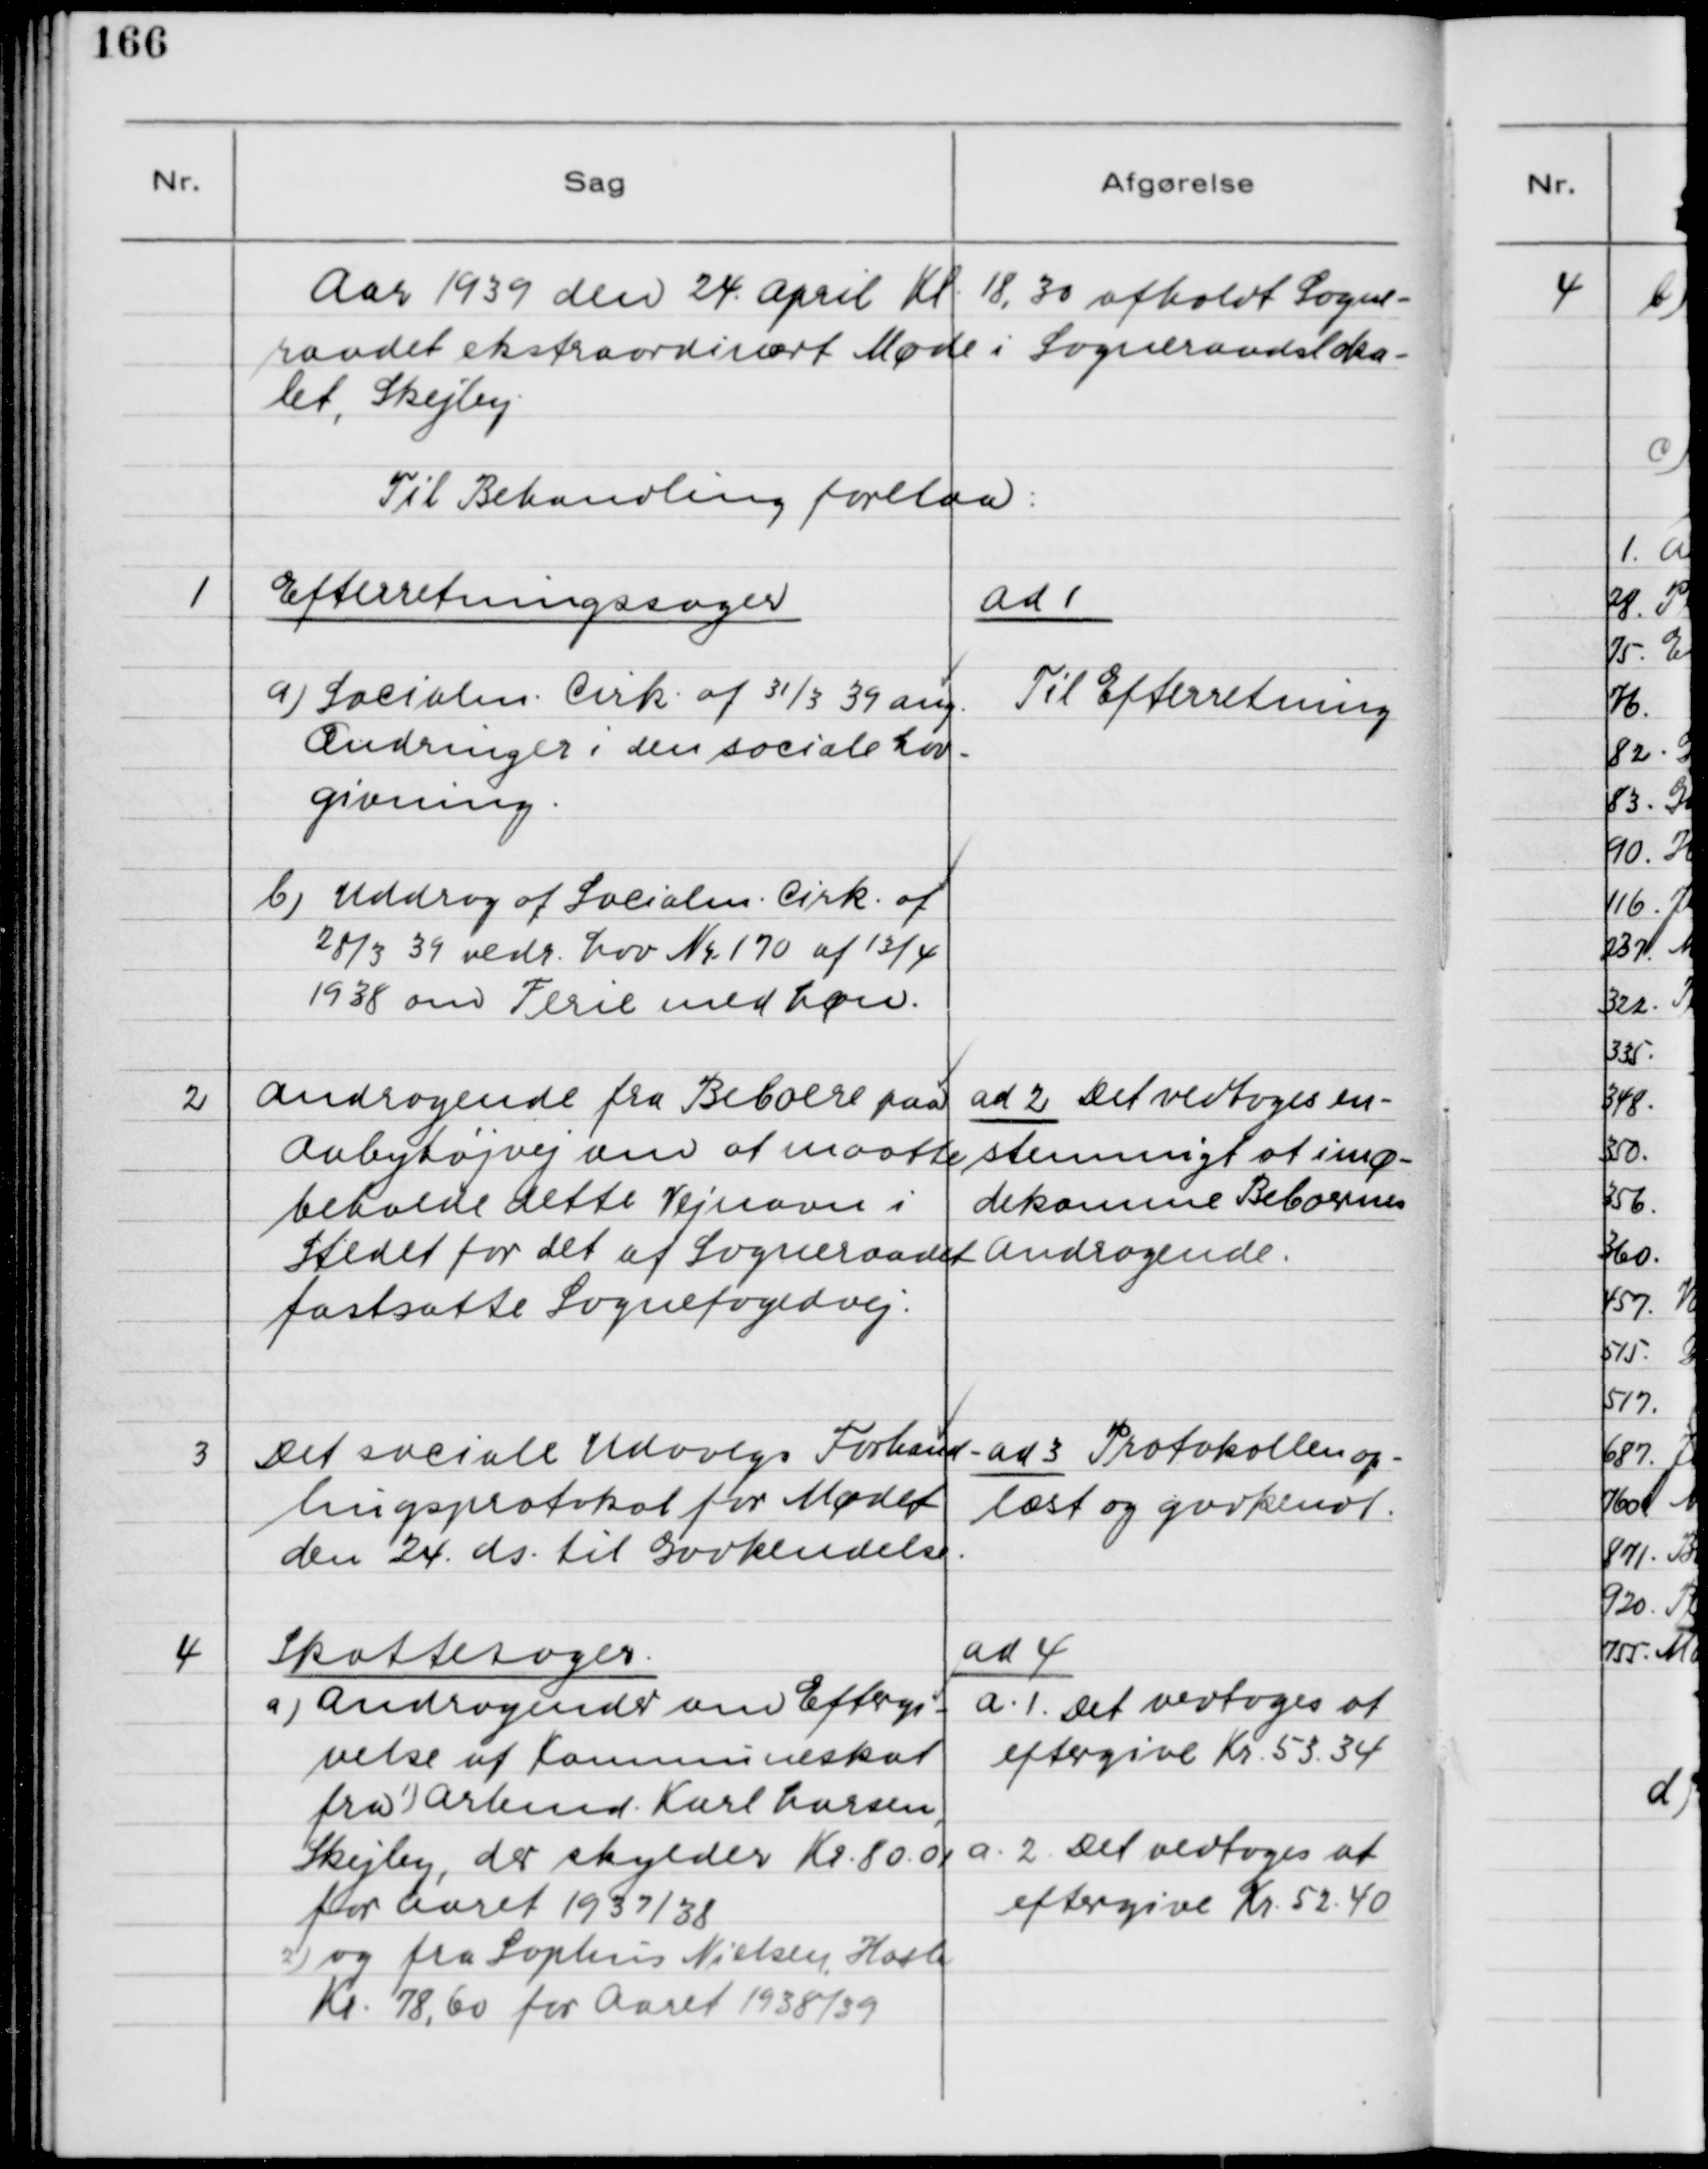
Transskription:
Aar 1939 den 24. April Kl. 18,30 afholdt Sogne-
raadet ekstraordinært Møde i Sogneraadsloka-
let, Skejby
Til Behandling forelaa:

1

Efterretningssager
a) Socialm. Cirk. af 31/3 39 ang.
Ændringer i den sociale Lov-
givning.
b) Uddrag af Socialm. Cirk. af
28/3 39 vedr. Lov Nr. 170 af 13/4
1938 om Ferie med Løn.

ad 1.
Til Efterretning

2

Andragende fra Beboere paa
Aabyhøjvej om at maatte
beholde dette Vejnavn i
Stedet for det af Sogneraadet
fastsatte Sognefogedvej.

ad 2. Det vedtoges en-
stemmigt at imø-
dekomme Beboerenes
Andragende.

3

Det sociale Udvalgs Forhand-
lingsprotokol for Mødet
den 24. ds. til Godkendelse.

ad 3. Protokollen op-
læst og godkendt.

4

Skattesager:
a) Andragender om Eftergi-
velse af Kommuneskat
fra 1) Arbm. Karl Larsen,
Skejby, der skylder Kr. 80.01
for Aaret 1937/38
2) og fra Sophus Nielsen, Hasle
Kr. 78,60 for Aaret 1938/39

ad 4.
a.1. Det vedtoges at
eftergive Kr. 53,34
a.2. Det vedtoges at
eftergive Kr. 52,40